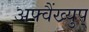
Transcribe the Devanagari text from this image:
अफ्वैंख्युप्